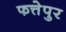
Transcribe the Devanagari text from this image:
फत्तेपुर